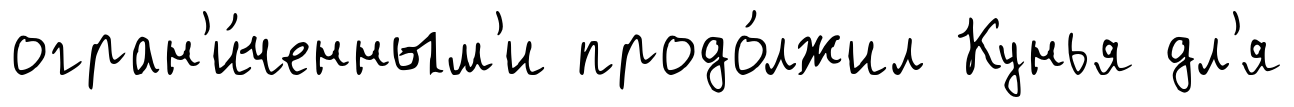
огран'и́ченным'и продо́лжил Кунья дл'я